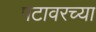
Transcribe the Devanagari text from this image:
पटावरच्या